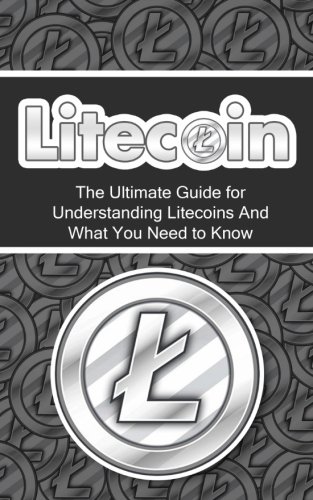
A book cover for Litecoin: The Ultimate Beginner's Guide for Understanding Litecoins And What You Need to Know (Beginning, Mining, Step by Step, Miner, Exposed, Trading, Basics, LTC, Cryptocurrency); Elliott Branson; Computers & Technology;